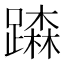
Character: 𨅾